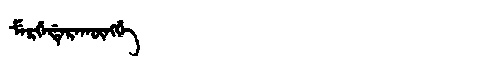
Manchu: ᠮᡝᡵᡤᡝᡩᡝᡵᠠᡴᡡᠩᡤᡝ
Romanization: MERGEDERAKŪNGGE